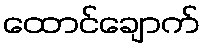
ထောင်ချောက်